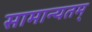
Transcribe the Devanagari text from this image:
सामान्यतम्